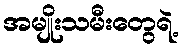
အမျိုးသမီးတွေရဲ့